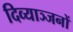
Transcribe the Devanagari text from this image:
दिव्याञ्जनों